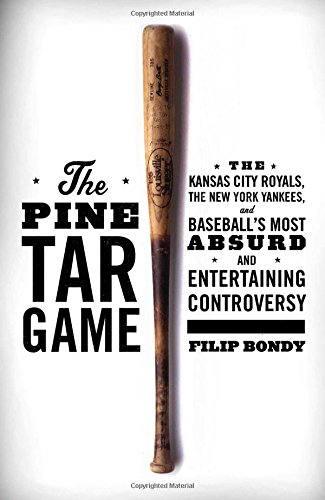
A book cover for The Pine Tar Game: The Kansas City Royals, the New York Yankees, and Baseball's Most Absurd and Entertaining Controversy; Filip Bondy; Biographies & Memoirs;